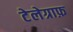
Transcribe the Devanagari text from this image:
टेलेग्राफ़